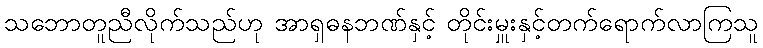
သဘောတူညီလိုက်သည်ဟု အာရှဓနဘဏ်နှင့် တိုင်းမှူးနှင့်တက်ရောက်လာကြသူ